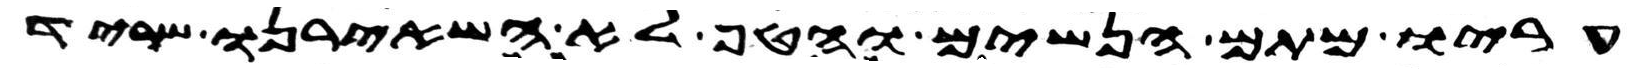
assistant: עריו מתם הנשים והטף לא השאירנו שריד